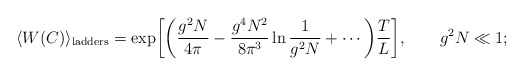
\begin{align*}\langle W(C)\rangle_{\rm ladders}=\exp\biggl[\biggl(\frac{g^2N}{4\pi}-\frac{g^4N^2}{8\pi^3}\ln \frac{1}{g^2N}+\cdots\biggr)\frac{T}{L}\biggr],\qquad g^2N\ll 1; \end{align*}